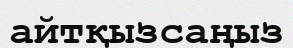
айтқызсаңыз